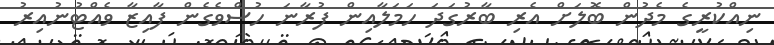
ނިއްކުރީގެ މެދުން ބޮލަށް އެރި ބާރުގަދަ ހަމަލާއިން ފުރާނަ ހުސްވެގެން ފާއިޒާ ވެއްޓުނުއިރު